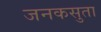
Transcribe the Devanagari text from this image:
जनकसुता